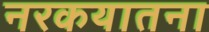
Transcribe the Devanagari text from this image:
नरकयातना